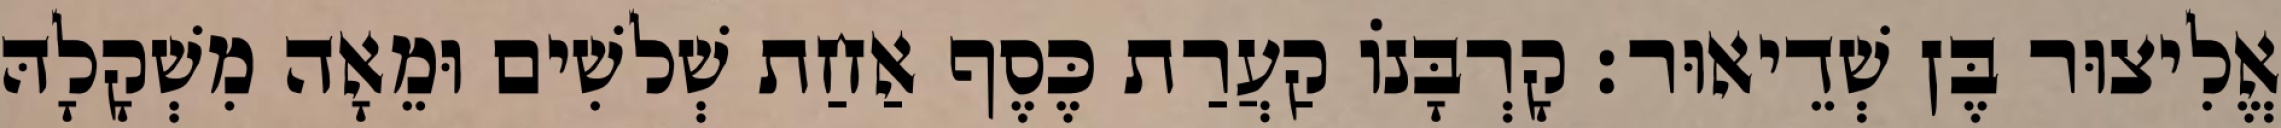
אֱלִיצוּר בֶּן שְׁדֵיאוּר׃ קָרְבָּנוֹ קַעֲרַת כֶּסֶף אַחַת שְׁלשִׁים וּמֵאָה מִשְׁקָלָהּ